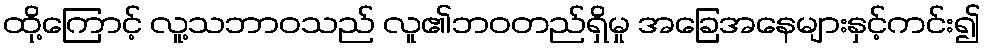
ထို့ကြောင့် လူ့သဘာဝသည် လူ၏ဘဝတည်ရှိမှု အခြေအနေများနှင့်ကင်း၍